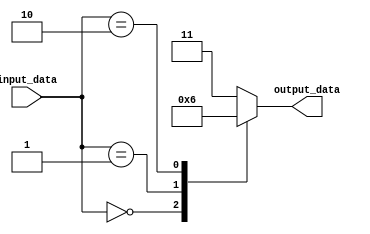
module dont_care_case_statement(
    input [2:0] input_data,
    output reg [1:0] output_data
);

always @(*) begin
    case (input_data)
        3'b000: output_data = 2'b00;
        3'b001: output_data = 2'b01;
        3'b010: output_data = 2'b10;
        default: output_data = 2'b11; // handling "don't care" cases
    endcase
end

endmodule